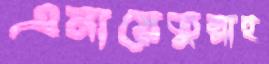
এনায়েতুল্লাহ